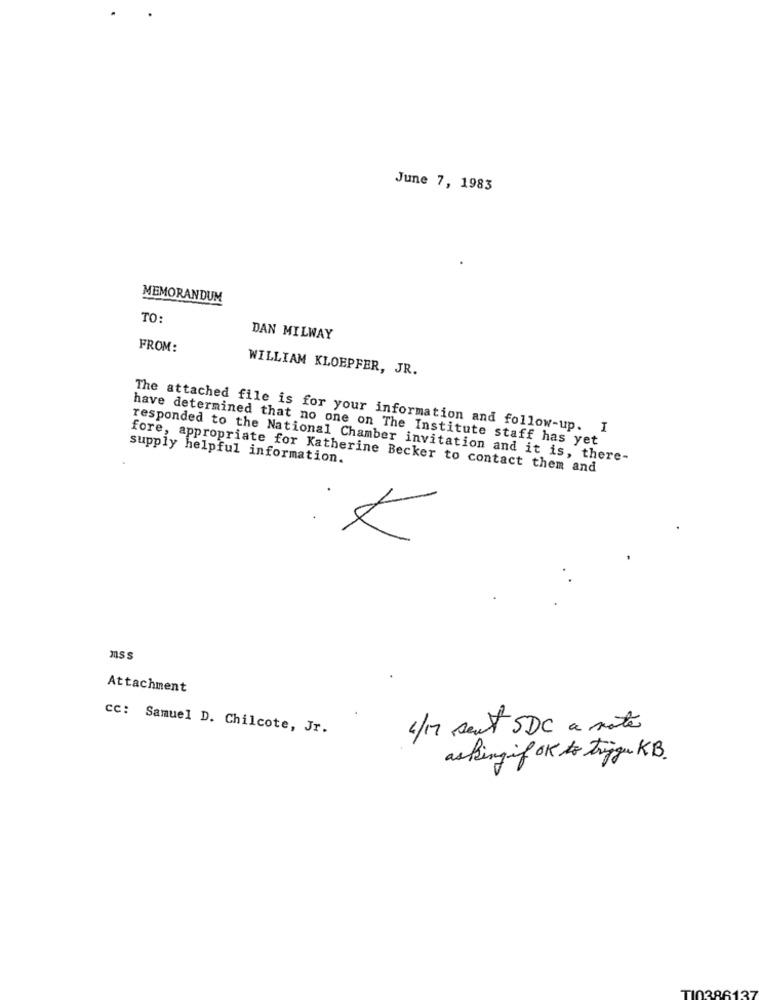
June 7, 1983
MEMORANDUM
TO:
DAN MILWAY
FROM:
WILLIAM KLOEPFER, JR.
The attached file is for your information and follow-up. I
have determined that no one on The Institute staff has yet
supply helpful information.
responded to the National Chamber invitation and it is, there-
fore, appropriate for Katherine Becker to contact them and
mss
Attachment
CC: Samuel D. Chilcote, Jr.
1/17 sent SDC a notes
asking if OK to trigger KB.
TI03861